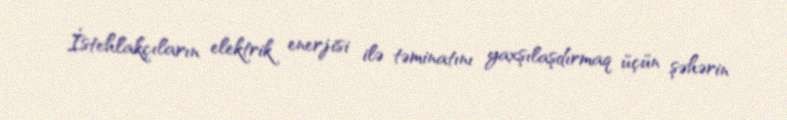
İstehlakçıların elektrik enerjisi ilə təminatını yaxşılaşdırmaq üçün şəhərin